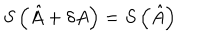
LaTeX: S \left( \hat { A } + \delta A \right) = S \left( \hat { A } \right)